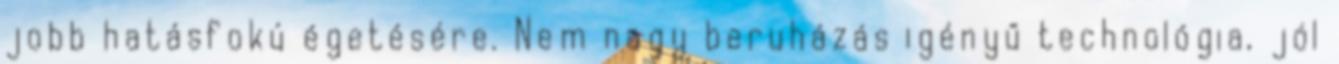
jobb hatásfokú égetésére. Nem nagy beruházás igényű technológia, jól